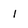
Character: l